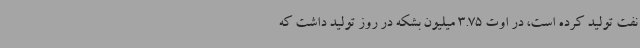
نفت تولید کرده است، در اوت 3.75 میلیون بشکه در روز تولید داشت که